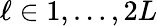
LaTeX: \ell\in{1,\dots,2L}